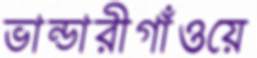
ভান্ডারীগাঁওয়ে